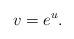
LaTeX: \begin{align*} v=e^u.\end{align*}